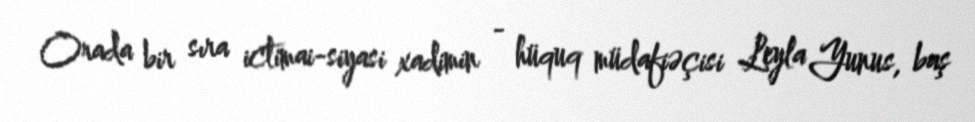
Orada bir sıra ictimai-siyasi xadimin - hüquq müdafiəçisi Leyla Yunus, baş